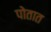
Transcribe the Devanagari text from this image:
पोतात